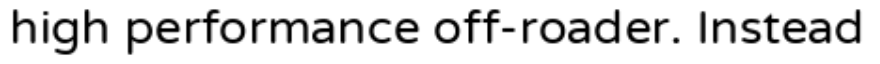
high performance off-roader. Instead